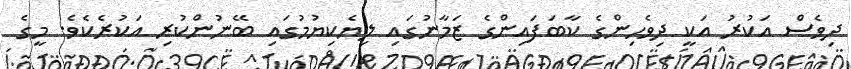
ދިވެސް އަކުރު އަކީ ދިވެހިންގެ ކާބަފައިންގެ ޒަމާނުގައި ލިޔެކިޔުމުގައި ބޭނުންކުރި އަކުރެކެވެ. މީގެ